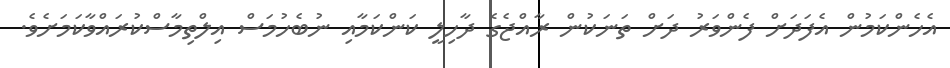
އެހެންކަމުން އެފަދަށް ފެންވަރު ދަށް ތަނަކުން ރާއްޖެގެ ދާހިލީ ކަންކަމާއި ނުބެހުމަސް އިލްތިމާސްކުރައްވާކަމަށެވެ.